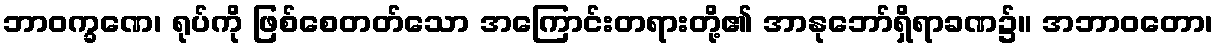
ဘာဝက္ခဏေ၊ ရုပ်ကို ဖြစ်စေတတ်သော အကြောင်းတရားတို့၏ အာနုဘော်ရှိရာခဏ၌။ အဘာဝတော၊